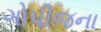
ગોપીજના